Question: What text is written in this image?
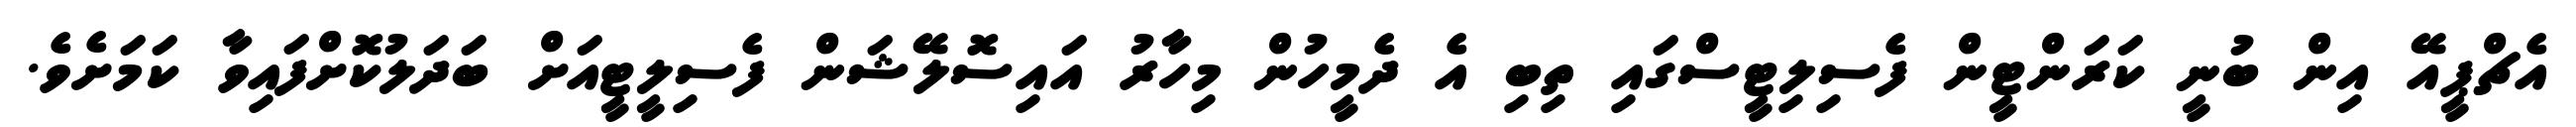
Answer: އެޗްޕީއޭ އިން ބުނީ ކަރަންޓީން ފެސިލިޓީސްގައި ތިބި އެ ދެމީހުން މިހާރު އައިސޮލޭޝަން ފެސިލީޓީއަށް ބަދަލުކޮށްފައިވާ ކަމަށެވެ.